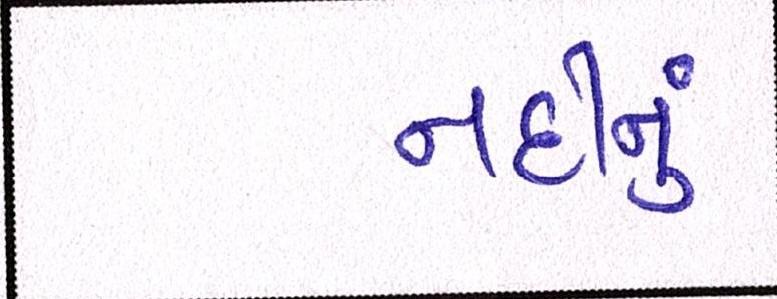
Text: નદીનું